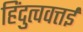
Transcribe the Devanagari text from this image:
हिंदुत्ववत्तई